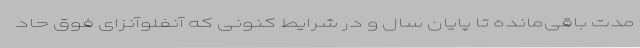
مدت باقی‌مانده تا پایان سال و در شرایط کنونی که آنفلوآنزای فوق حاد